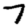
Digit: 7